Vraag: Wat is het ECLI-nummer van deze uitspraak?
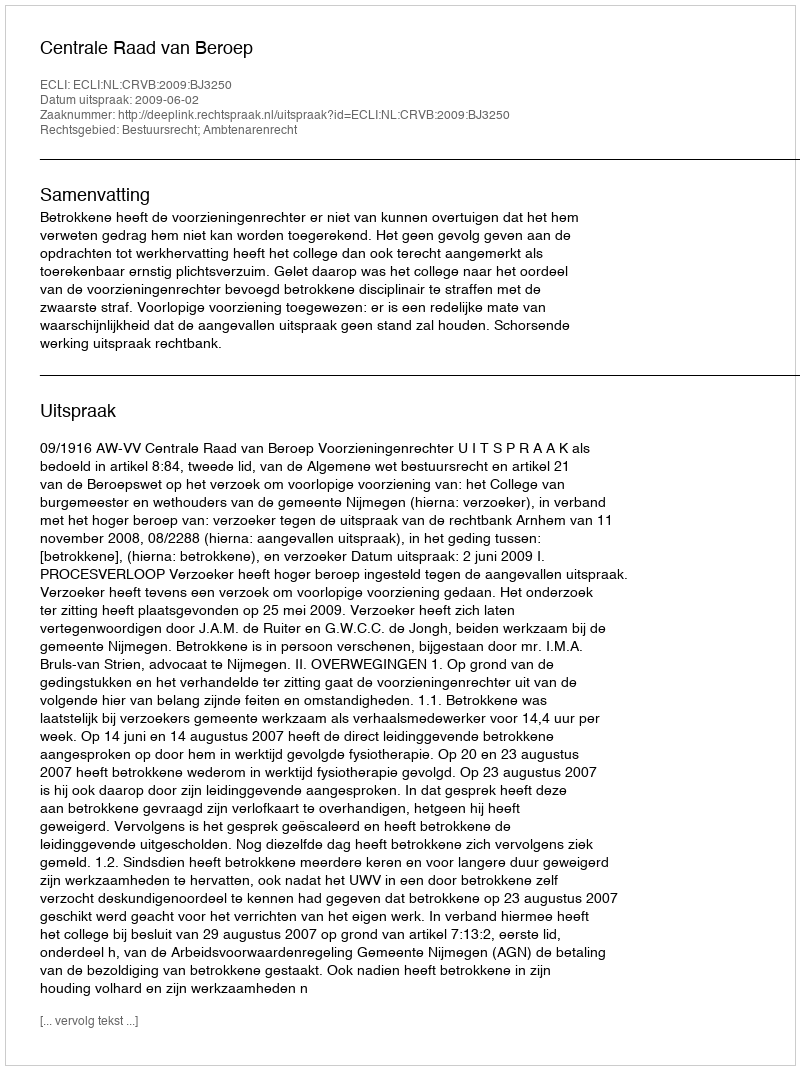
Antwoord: ECLI:NL:CRVB:2009:BJ3250